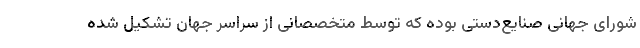
شورای جهانی صنایع‌دستی بوده که توسط متخصصانی از سراسر جهان تشکیل شده